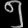
Digit: ၅